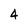
Character: 4